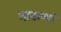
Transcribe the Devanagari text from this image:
वाळणारे